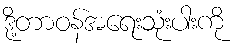
ဒို့တာဝန်အရေးသုံးပါးကို